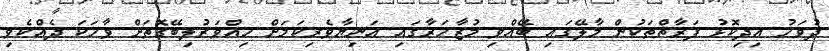
ދުވަހު އިދިކޮޅު ފަރާތްތަކުން މާލޭގައި ބޭއްވި މުޒާހަރާގައި އަނިޔާވެރިކަމަށް ހިއްވަރުލިބޭގޮތަށް ވާހަކަ ދެއްކެވި